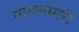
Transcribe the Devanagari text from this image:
नाथनागरी